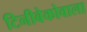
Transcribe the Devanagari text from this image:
टिनीबेकोवाला